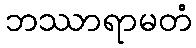
ဘဿာရာမတံ